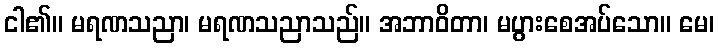
ငါ၏။ မရဏသညာ၊ မရဏသညာသည်။ အဘာဝိတာ၊ မပွားစေအပ်သော။ မေ၊